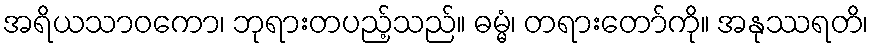
အရိယသာဝကော၊ ဘုရားတပည့်သည်။ ဓမ္မံ၊ တရားတော်ကို။ အနုဿရတိ၊